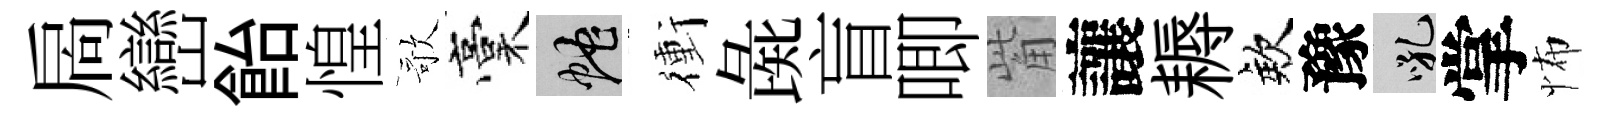
扄巒飴惶歌稾蛇衝彘盲唧觜讓耨欸豫吼掌怖